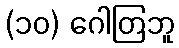
(၁၀) ဂေါတြဘူ